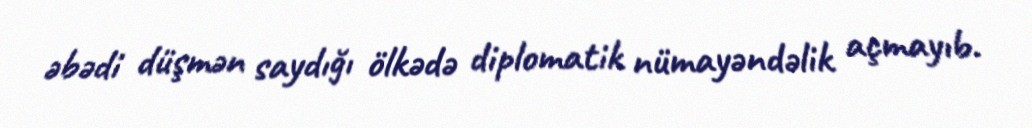
əbədi düşmən saydığı ölkədə diplomatik nümayəndəlik açmayıb.